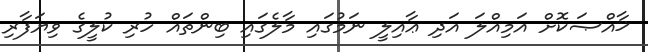
ޚާއްޞަކޮށް އަމިއްލަ އަދި ޢާއިލީ ނަމުގައި މާލެގައި ބިންތައް ހުރި ކުލީގެ ވިޔަފާރި